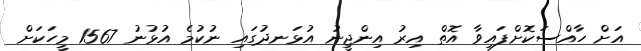
އަށް ހާއްސަކޮށްފައިވާ އޮތް އިރު އިންޖީނު އުޅަނދުގައި ނުކުމެ އުޅުނު 1567 މީހަކަށް